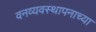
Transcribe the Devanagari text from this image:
वनव्यवस्थापनाच्या